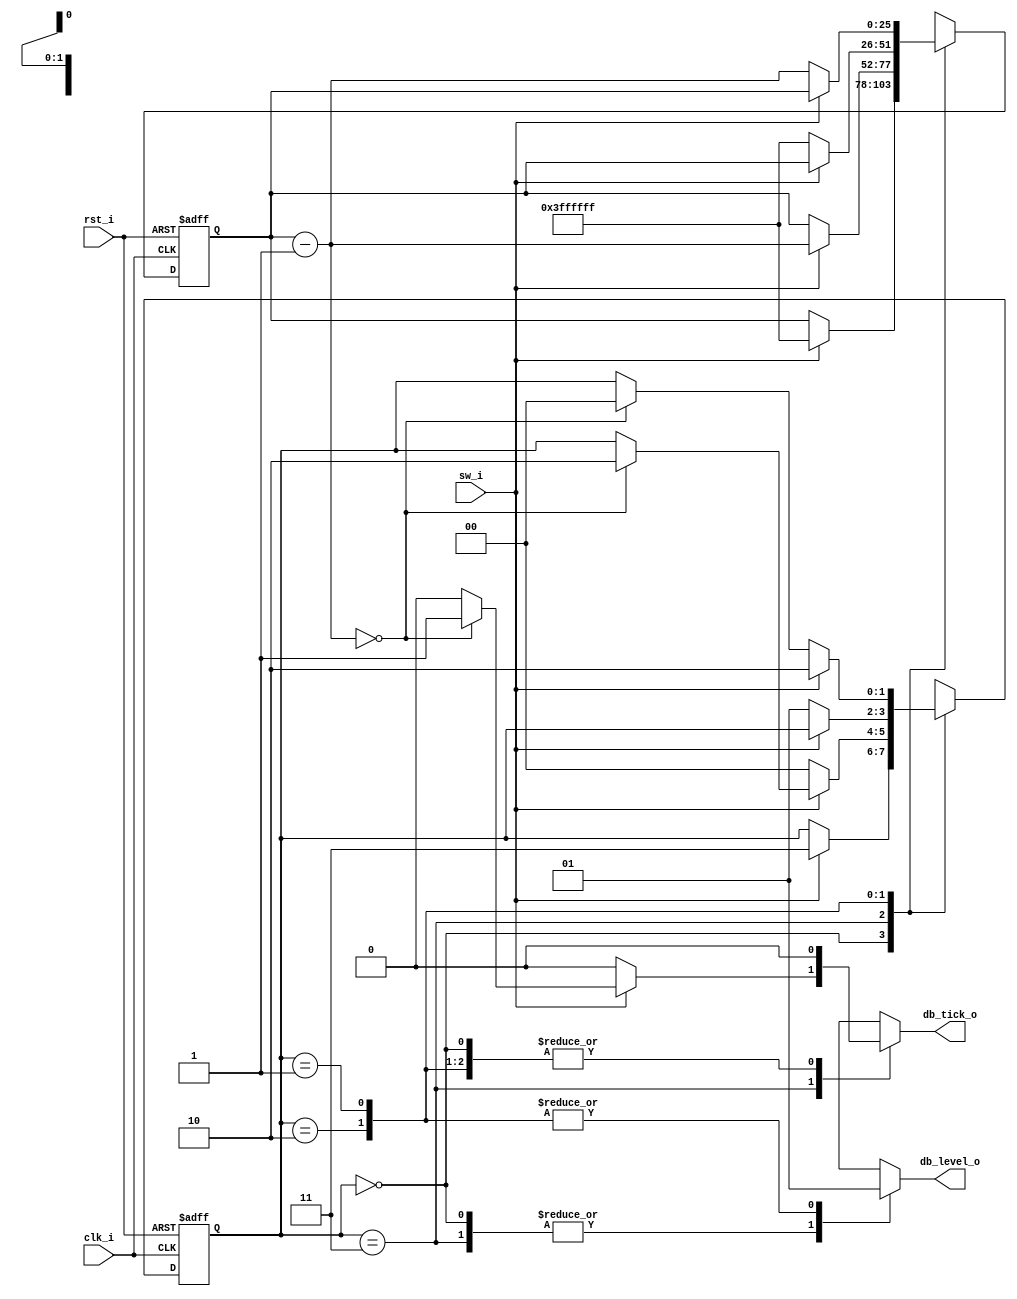
// Name: .v
//
// Description: 

module debounce ( 
  input      clk_i,
  input      rst_i,
  input      sw_i,
  output reg db_level_o,
  output reg db_tick_o
);

  // symbolic state_declaration
  localparam [1:0] zero  = 2'b00,
                   wait0 = 2'b01,
                   one   = 2'b10,
                   wait1 = 2'b11;

  // number of counter bits (2^Nbits * 20ns = 40ns)
  localparam Nbits = 26;

  reg [Nbits-1:0] q_reg, q_next;
  reg [1:0] state_reg, state_next;

  always @(posedge clk_i, posedge rst_i) begin
    if (rst_i) begin
      state_reg <= zero;
      q_reg     <= {Nbits{1'b0}};
    end else begin
      state_reg <= state_next;
      q_reg     <= q_next;
    end
  end

  // next state logic for read and write pointers
  always @(*) begin
    state_next = state_reg;
    q_next = q_reg;
    db_tick_o = 1'b0;
    case (state_reg)
      zero : begin
               db_level_o = 1'b0;
               if (sw_i) begin
                 state_next  = wait1;
                 q_next = {Nbits{1'b1}};
               end
             end
     wait1 : begin 
               db_level_o = 1'b0;
               if (sw_i) begin
                 q_next = q_reg - 26'd1;
                 if (q_next == {Nbits{1'b0}}) begin
                   state_next = one;
                   db_tick_o = 1'b1;
                 end
               end else begin
                 state_next = zero;
               end
             end
       one : begin
               db_level_o = 1'b1;
               if (~sw_i) begin
                 state_next = wait0;
                 q_next = {Nbits{1'b1}};
               end
             end
     wait0 : begin
               db_level_o = 1'b1;
               if (~sw_i) begin
                 q_next = q_reg - 26'd1;
                 if (q_next == {Nbits{1'b0}}) begin
                   state_next = zero;
                 end
               end else begin
                 state_next = one;
               end
             end
	default : begin
	            state_next = zero;
	          end
    endcase
  end

endmodule